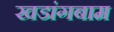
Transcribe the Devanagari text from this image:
खडांगबाम